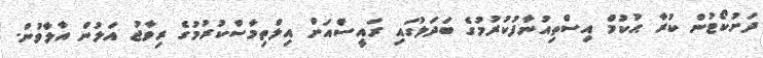
ދަށުކޯޓުން ކުރާ ޙުކުމް އިސްތިއުނާފުކުރުމުގެ ބަދަލުގައި ރައީސްއަށް އިލްތިމާސްކުރުމުގެ ރިވާޖު އަލުން އާލާވުން.